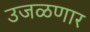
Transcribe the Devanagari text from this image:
उजळणार